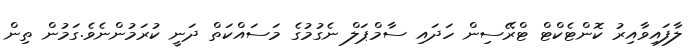
ލާފައިވާއިރު ކޮންޓެކްޓް ޓްރޭސިން ހަދައި ސާމްޕަލް ނެގުމުގެ މަސައްކަތް ދަނީ ކުރަމުންނެވެ.ގަމުން ތިން